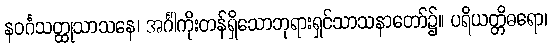
နဝင်္ဂသတ္ထုသာသနေ၊ အင်္ဂါကိုးတန်ရှိသောဘုရားရှင်သာသနာတော်၌။ ပရိယတ္တိဓရော၊